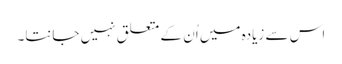
اس سے زیادہ میں اُن کے متعلق نہیں جانتا۔